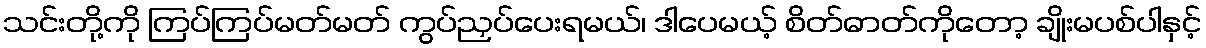
သင်းတို့ကို ကြပ်ကြပ်မတ်မတ် ကွပ်ညှပ်ပေးရမယ်၊ ဒါပေမယ့် စိတ်ဓာတ်ကိုတော့ ချိုးမပစ်ပါနှင့်